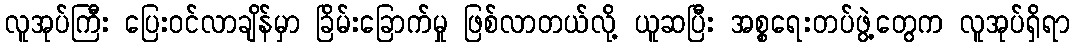
လူအုပ်ကြီး ပြေးဝင်လာချိန်မှာ ခြိမ်းခြောက်မှု ဖြစ်လာတယ်လို့ ယူဆပြီး အစ္စရေးတပ်ဖွဲ့တွေက လူအုပ်ရှိရာ